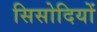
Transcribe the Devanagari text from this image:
सिसोदियों